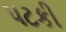
પટકી